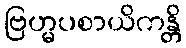
ဗြဟ္မပစာယိကန္တိ